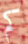
كم